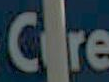
Care